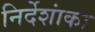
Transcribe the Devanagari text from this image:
निर्देशांका